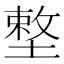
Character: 𡏴